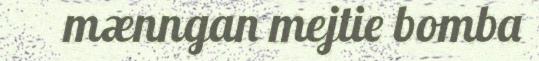
mænngan mejtie bomba